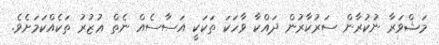
މަޝްވަރާ ނުކުރާން ސަރުކާރުން ދައްކާ ވާހަކަ ތަކަކީ އަސާސެއް ނެތް ޢުޒުރު ތަކެއްކަމަށެވެ.